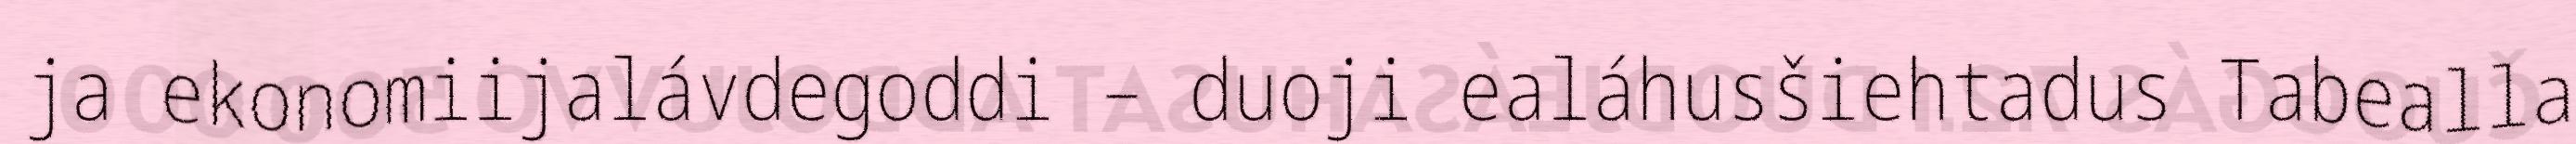
ja ekonomiijalávdegoddi – duoji ealáhusšiehtadus Tabealla